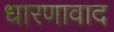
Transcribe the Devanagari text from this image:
धारणावाद